On the standardisation of anti-typhoid vaccine - Number 21
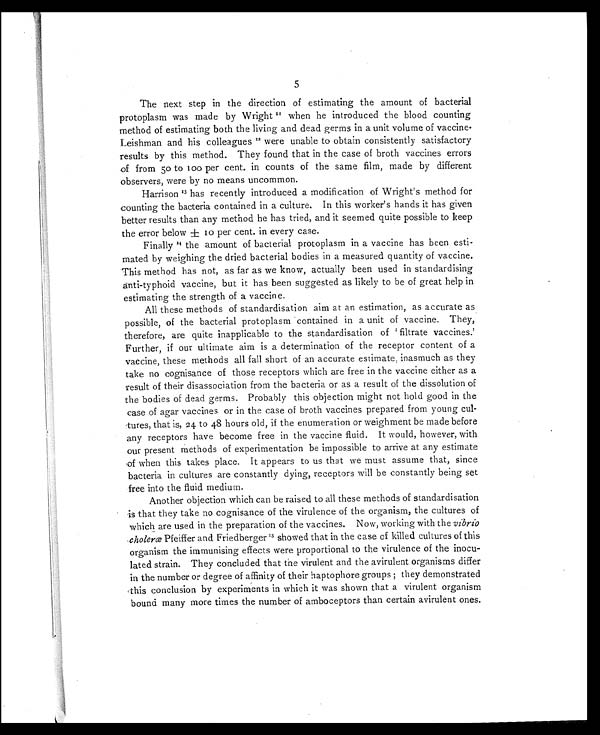
5
The next step in the direction of estimating the amount of bacterial
protoplasm was made by Wright 11when he introduced the blood counting
method of estimating both the living and dead germs in a unit volume of vaccine.
Leishman and his colleagues 12were unable to obtain consistently satisfactory
results by this method. They found that in the case of broth vaccines errors
of from 50 to 100 per cent. in counts of the same film, made by different
observers, were by no means uncommon.
Harrison 13has recently introduced a modification of Wright's method for
counting the bacteria contained in a culture. In this worker's hands it has given
better results than any method he has tried, and it seemed quite possible to keep
the error below ± 10 per cent. in every case.
Finally 14 the amount of bacterial protoplasm in a vaccine has been esti-
mated by weighing the dried bacterial bodies in a measured quantity of vaccine.
This method has not, as far as we know, actually been used in standardising
anti-typhoid vaccine, but it has been suggested as likely to be of great help in
estimating the strength of a vaccine.
All these methods of standardisation aim at an estimation, as accurate as
possible, of the bacterial protoplasm contained in a unit of vaccine. They,
therefore, are quite inapplicable to the standardisation of 'filtrate vaccines.'
Further, if our ultimate aim is a determination of the receptor content of a
vaccine, these methods all fall short of an accurate estimate, inasmuch as they
take no cognisance of those receptors which are free in the vaccine either as a
result of their disassociation from the bacteria or as a result of the dissolution of
the bodies of dead germs. Probably this objection might not hold good in the
case of agar vaccines or in the case of broth vaccines prepared from young cul-
tures, that is, 24 to 48 hours old, if the enumeration or weighment be made before
any receptors have become free in the vaccine fluid. It would, however, with
our present methods of experimentation be impossible to arrive at any estimate
of when this takes place. It appears to us that we must assume that, since
bacteria in cultures are constantly dying, receptors will be constantly being set
free into the fluid medium.
Another objection which can be raised to all these methods of standardisation
is that they take no cognisance of the virulence of the organism, the cultures of
which are used in the preparation of the vaccines. Now, working with the vibrio
choleræ Pfeiffer and Friedberger 15showed that in the case of killed cultures of this
organism the immunising effects were proportional to the virulence of the inocu-
lated strain. They concluded that the virulent and the avirulent organisms differ
in the number or degree of affinity of their haptophore groups ; they demonstrated
this conclusion by experiments in which it was shown that a virulent organism
bound many more times the number of amboceptors than certain avirulent ones.